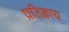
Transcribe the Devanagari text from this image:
प्रतिज्ञाय